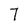
Character: 7